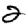
Digit: 2